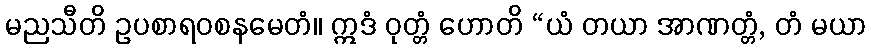
မညသီတိ ဥပစာရဝစနမေတံ။ ဣဒံ ဝုတ္တံ ဟောတိ “ယံ တယာ အာဏတ္တံ, တံ မယာ